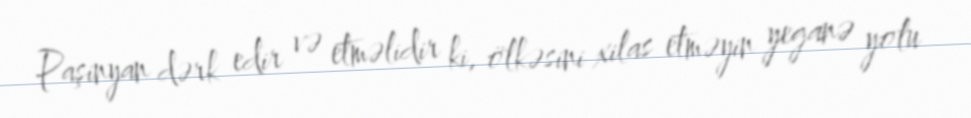
Paşinyan dərk edir və etməlidir ki, ölkəsini xilas etməyin yeganə yolu